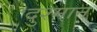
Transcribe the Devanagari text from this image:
दुश्मान